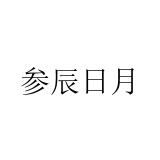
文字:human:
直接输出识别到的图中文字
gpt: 参辰日月